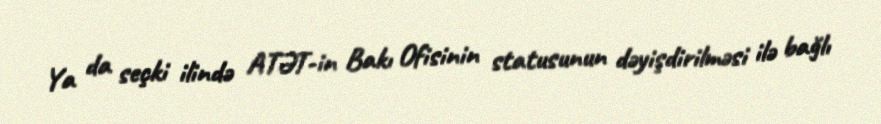
Ya da seçki ilində ATƏT-in Bakı Ofisinin statusunun dəyişdirilməsi ilə bağlı